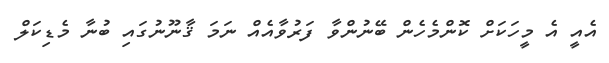
އެއީ އެ މީހަކަށް ކޮންމެހެން ބޭނުންވާ ފަރުވާއެއް ނަމަ ޤާނޫނުގައި ބުނާ މެޑިކަލް